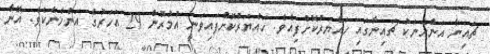
ޗައިނާ އަންހެނަކު ޗައިނާގައި ހައްޔަރުކޮށްފިއެވެ. ހައްޔަރުކޮށްފައިވަނީ އުމުރުން 29 އަހަރުގެ އަންހެނެކެވެ. އޭނާ